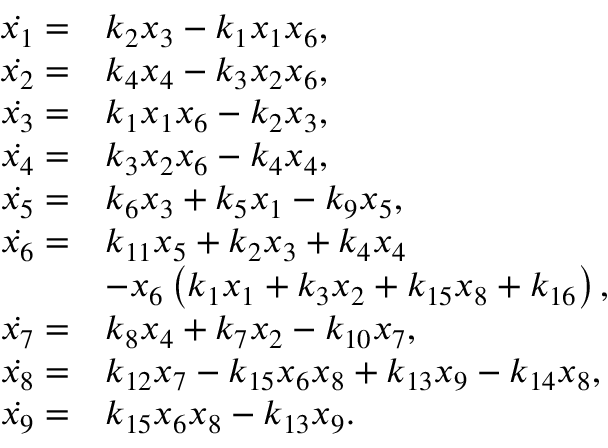
\begin{array} { r l } { \Dot { x _ { 1 } } = } & { k _ { 2 } x _ { 3 } - k _ { 1 } x _ { 1 } x _ { 6 } , } \\ { \Dot { x _ { 2 } } = } & { k _ { 4 } x _ { 4 } - k _ { 3 } x _ { 2 } x _ { 6 } , } \\ { \Dot { x _ { 3 } } = } & { k _ { 1 } x _ { 1 } x _ { 6 } - k _ { 2 } x _ { 3 } , } \\ { \Dot { x _ { 4 } } = } & { k _ { 3 } x _ { 2 } x _ { 6 } - k _ { 4 } x _ { 4 } , } \\ { \Dot { x _ { 5 } } = } & { k _ { 6 } x _ { 3 } + k _ { 5 } x _ { 1 } - k _ { 9 } x _ { 5 } , } \\ { \Dot { x _ { 6 } } = } & { k _ { 1 1 } x _ { 5 } + k _ { 2 } x _ { 3 } + k _ { 4 } x _ { 4 } } \\ & { - x _ { 6 } \left( k _ { 1 } x _ { 1 } + k _ { 3 } x _ { 2 } + k _ { 1 5 } x _ { 8 } + k _ { 1 6 } \right) , } \\ { \Dot { x _ { 7 } } = } & { k _ { 8 } x _ { 4 } + k _ { 7 } x _ { 2 } - k _ { 1 0 } x _ { 7 } , } \\ { \Dot { x _ { 8 } } = } & { k _ { 1 2 } x _ { 7 } - k _ { 1 5 } x _ { 6 } x _ { 8 } + k _ { 1 3 } x _ { 9 } - k _ { 1 4 } x _ { 8 } , } \\ { \Dot { x _ { 9 } } = } & { k _ { 1 5 } x _ { 6 } x _ { 8 } - k _ { 1 3 } x _ { 9 } . } \end{array}